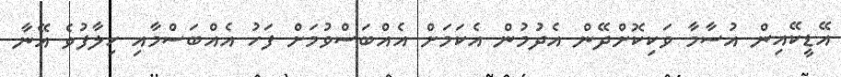
އޭޑީކޭއިން އުސާމާ ވަކިކޮށްދޭން އެދުމުން އެކަމަށް އެއްބަސްވުމަށް ފަހު އެއްބަސްމާއި ހިލާފުވެ އޭނާ